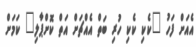
އެއަށް ފަހު "ކެކި ކެކި ހުރި ބަތް އެއްޗަށް އަތް ކޮށްޕާލި" ކަމަށް